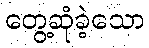
တွေ့ဆုံခဲ့သော